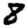
Digit: 8